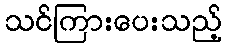
သင်ကြားပေးသည့်